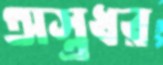
অস্ত্রধর